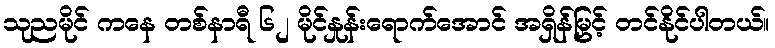
သုညမိုင် ကနေ တစ်နာရီ ၆၂ မိုင်နှုန်းရောက်အောင် အရှိန်မြှင့် တင်နိုင်ပါတယ်။